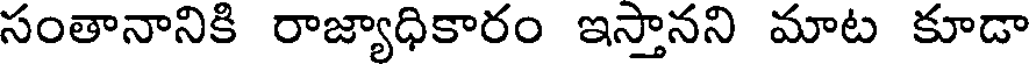
సంతానానికి రాజ్యాధికారం ఇస్తానని మాట కూడా